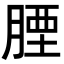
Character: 𦝪